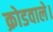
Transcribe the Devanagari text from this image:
क्रोडवाले।